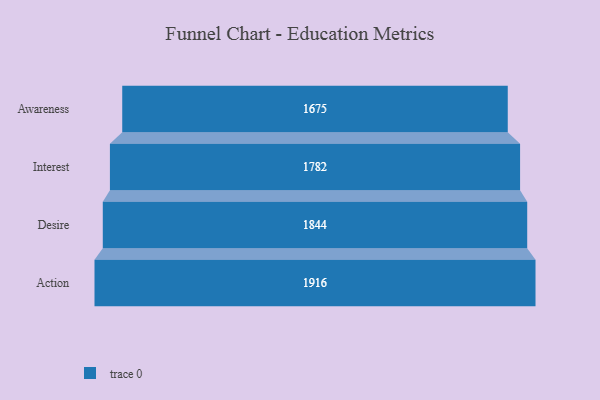
{"axis": {"x": "Stage", "y": "Value"}, "legend": [""], "data": [{"x": "Awareness", "y": 1675.0, "type": ""}, {"x": "Interest", "y": 1782.0, "type": ""}, {"x": "Desire", "y": 1844.0, "type": ""}, {"x": "Action", "y": 1916.0, "type": ""}]}